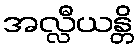
အလ္လီယန္တိ